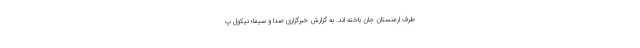
طرف ارمنستان جان باخته اند. به گزارش خبرگزاری صدا و سیما؛ نیکول پ